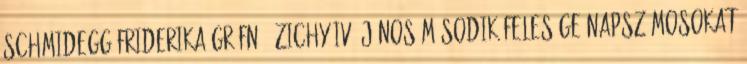
Schmidegg Friderika grófnő, Zichy IV. János második felesége napszámosokat